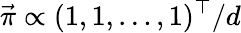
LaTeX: \vec{\pi}\propto(1,1,\ldots,1)^{\top}/d